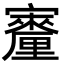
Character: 𪧳